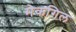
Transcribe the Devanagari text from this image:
मेकगिल